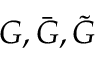
G , { \bar { G } } , { \tilde { G } }